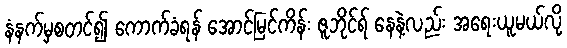
နံနက်မှစတင်၍ ကောက်ခံရန် အောင်မြင်ကိန်း ဇူဘိုင်ရ် နေနဲ့လည်း အရေးယူမယ်လို့